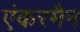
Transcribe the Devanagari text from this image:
एंकरमैन